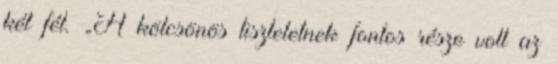
két fél. „A kölcsönös tiszteletnek fontos része volt az